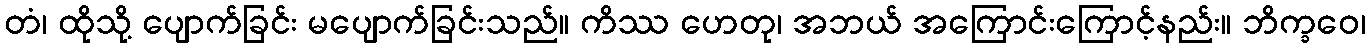
တံ၊ ထိုသို့ ပျောက်ခြင်း မပျောက်ခြင်းသည်။ ကိဿ ဟေတု၊ အဘယ် အကြောင်းကြောင့်နည်း။ ဘိက္ခဝေ၊